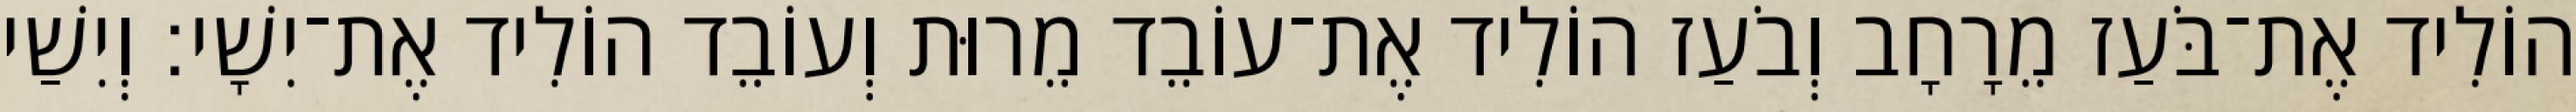
הוֹלִיד אֶת־בֹּעַז מֵרָחָב וְבֹעַז הוֹלִיד אֶת־עוֹבֵד מֵרוּת וְעוֹבֵד הוֹלִיד אֶת־יִשָׁי׃ וְיִשַׁי